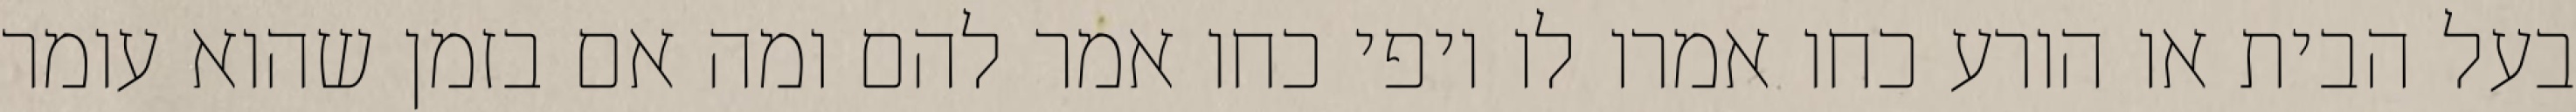
בעל הבית או הורע כחו אמרו לו יופי כחו אמר להם ומה אם בזמן שהוא עומר